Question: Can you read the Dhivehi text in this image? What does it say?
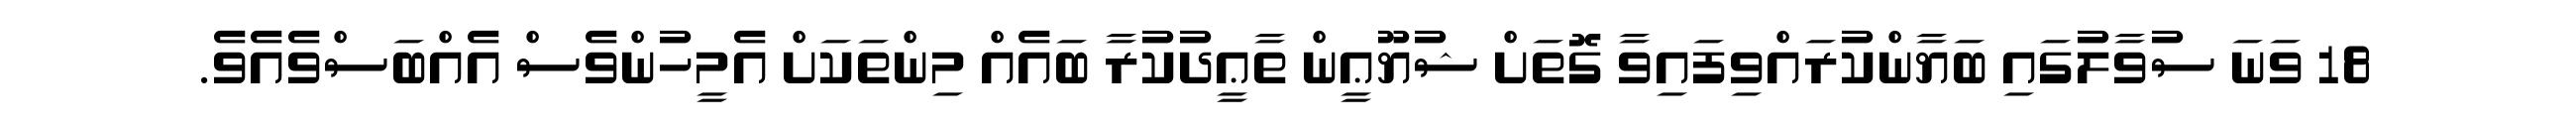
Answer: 18 ވަނަ ސުވާލުގައި ބަޔާންކުރައްވިފައިވާ ގޮތަށް ޝުޔޫޢީން ތާޢީދުކުރާ ބައެއް މިންތަކަށް އެމީހުންވެސް އެއްބަސްވެއެވެ.